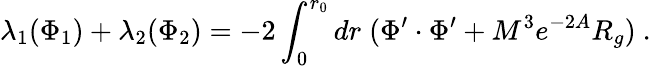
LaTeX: \lambda_{1}(\Phi_{1})+\lambda_{2}(\Phi_{2})=-2\int_{0}^{r_{0}}dr\; (\Phi^{\prime}\cdot\Phi^{\prime}+M^{3}e^{-2A}R_{g})~.